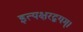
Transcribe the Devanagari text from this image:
इत्यक्षरद्वयम्।